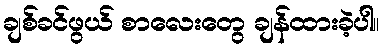
ချစ်ခင်ဖွယ် စာလေးတွေ ချန်ထားခဲ့ပါ။